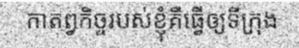
កាតព្វកិច្ចរបស់ខ្ញុំគឺធ្វើឲ្យទីក្រុង